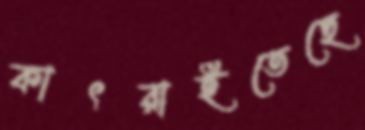
কাৎরাইতেছে